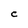
Character: C